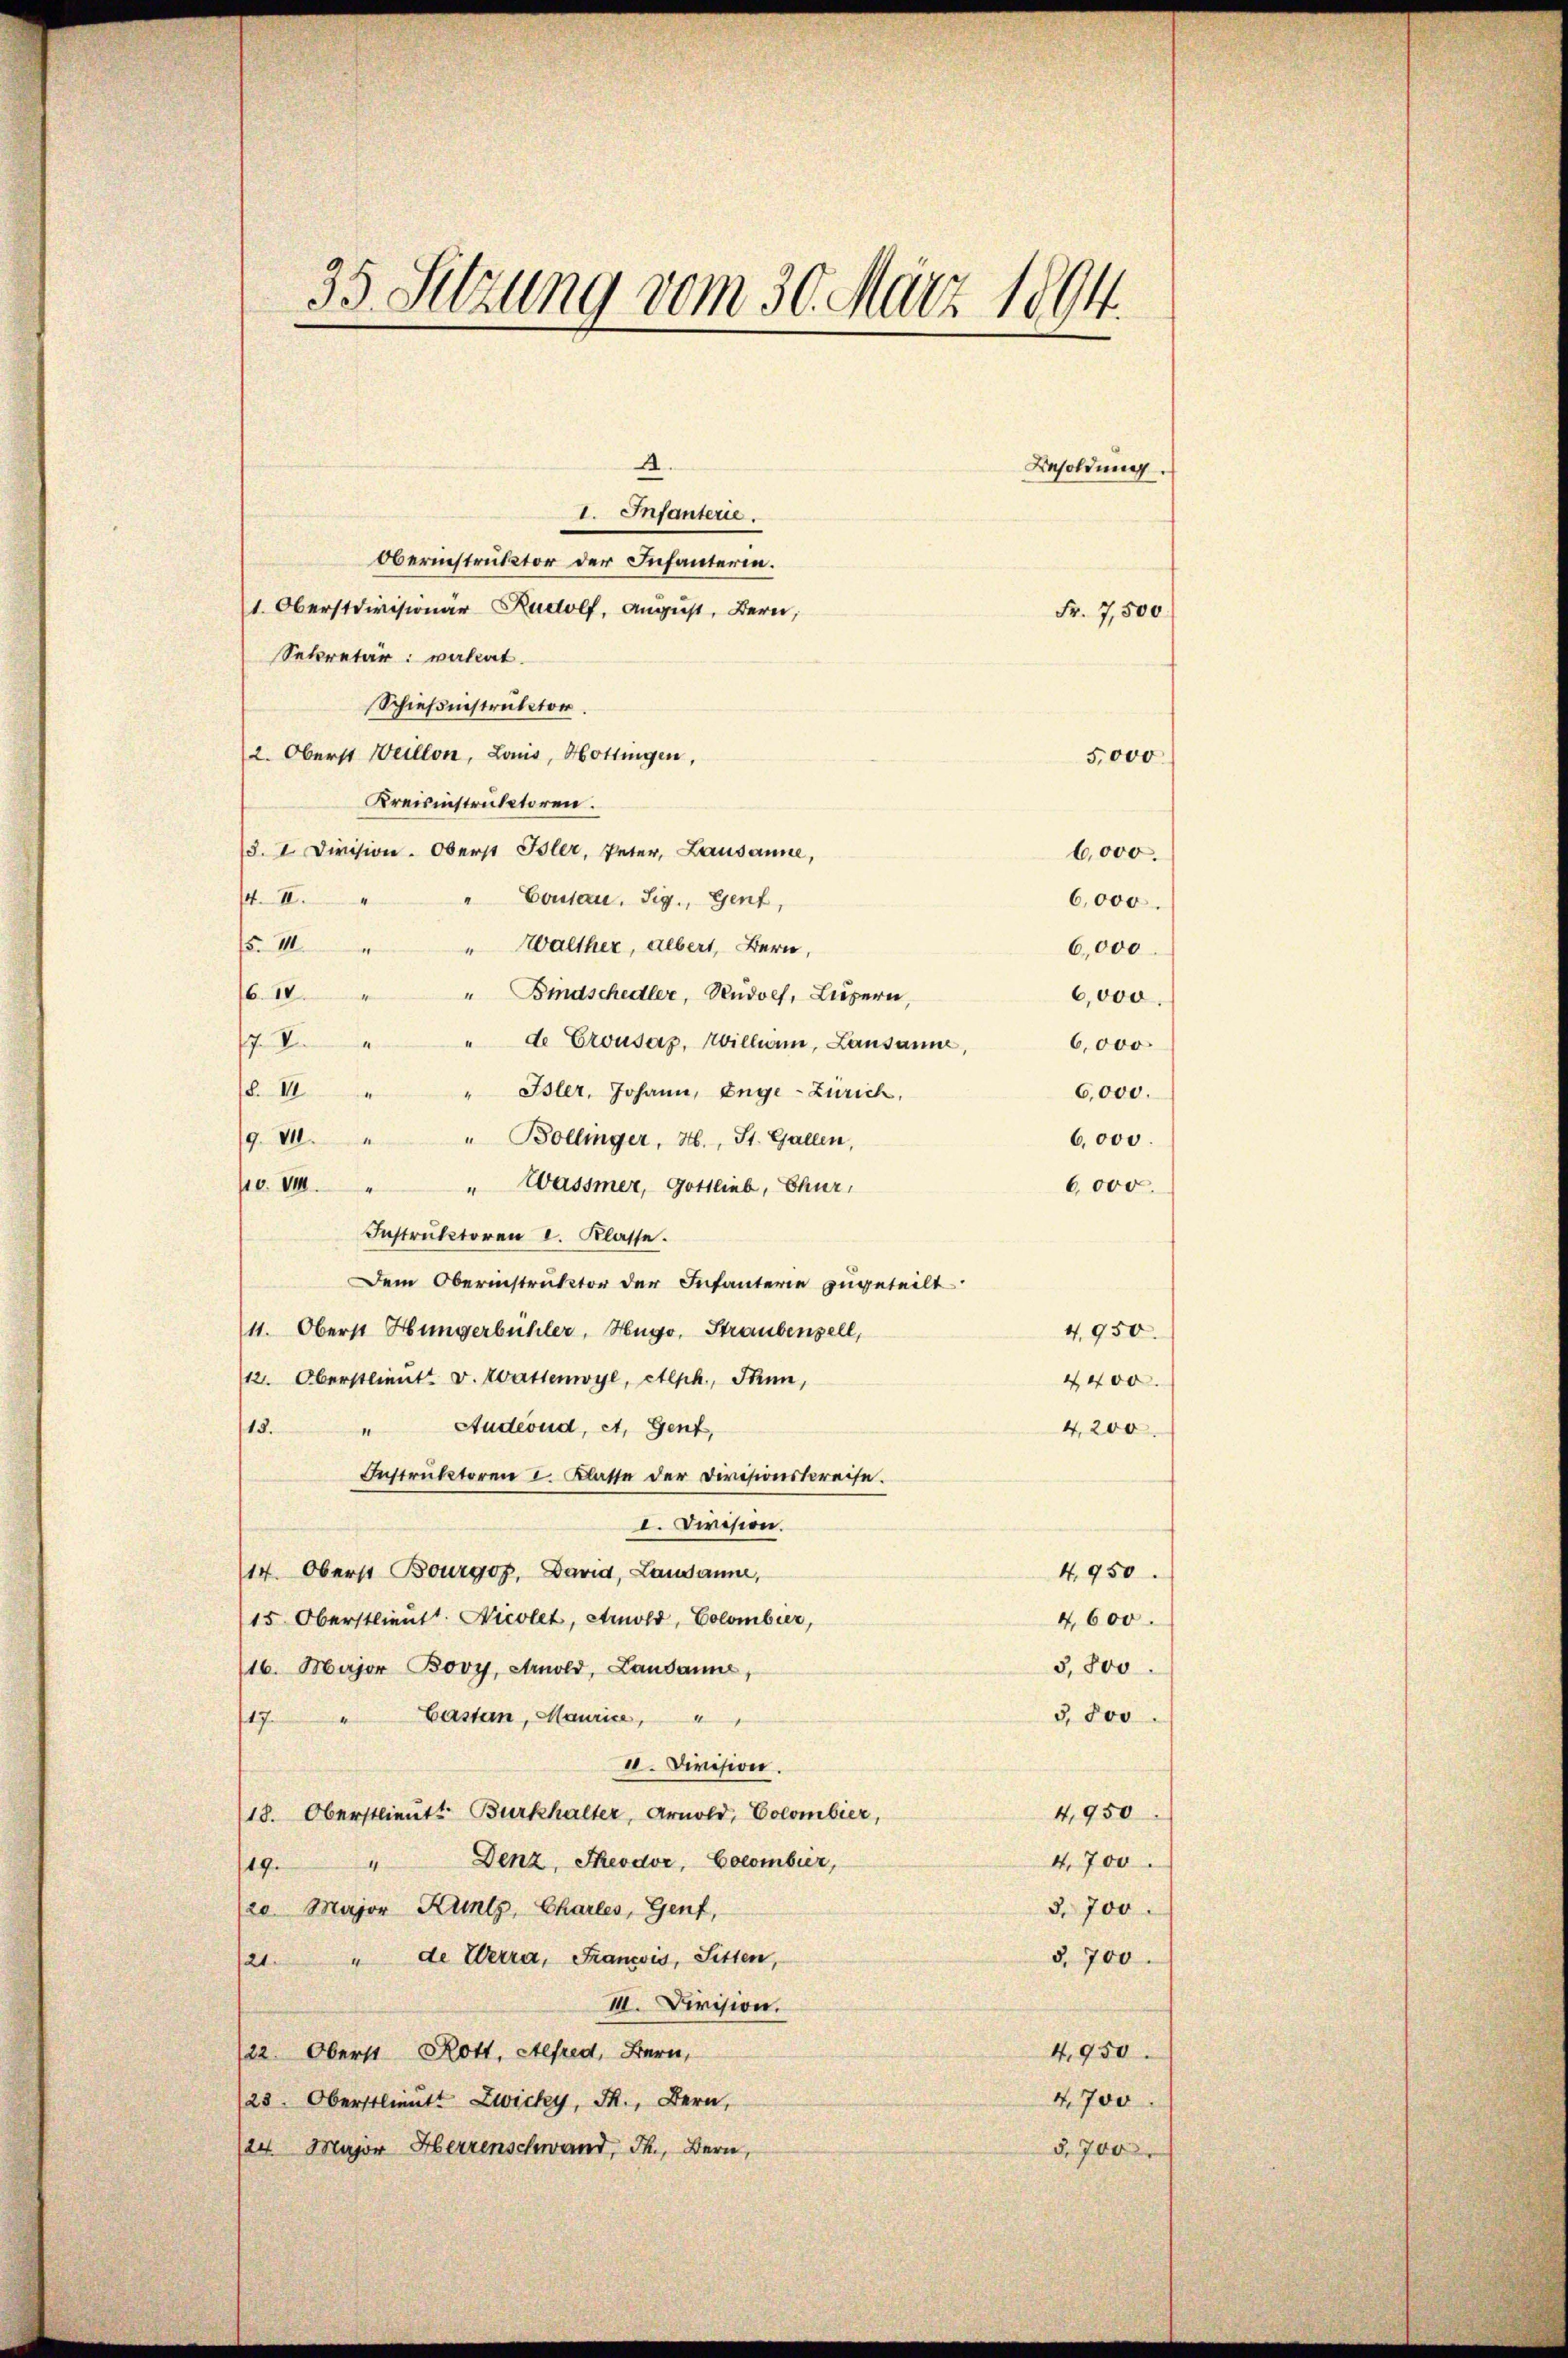
35. Setzung vom 30. März 1894.

A.
I. Infanterie.
Oberinstruktor der Infanterin.
1. Oberstdivisionar Rudolf, August, Bern,
Sekretär: valeat.
Schießnistruktor.
2. Oberst Weillon, Laus, Hottingen,
Kreisinstruktoren.
§. I. Division. Oberst Isler, Peter, Lausanne,
. II.
"Conau, Sig., Genf,
" Walther, Albert, Bern,
8. III.
610
" Bindschedler, Rudolf, Luzern,
6,000
" de Crousaz, Willen, Lausanne,
7. V
6,000
d. III
" Isler, Johann, Enge-Zürich,
6,000.
" Bollinger, H., St. Gallen,
g. VI.
6,000
10. 114.
"Wassmer, Gottlieb, Chur,
6,000.
Instruktoren I. Klasse.
Dem Oberinstruktor der Infanterie zugeteilt
11. Oberst Hungerbühler, Hugo, Straubensell,
4,950.
12. Oberstlieutt v. Wattenwyl, etlph, Thun,
4400
"Audeond, et, Gent,
13.
4,200
Instruktoren I. Klasse der Divisionskreise.
I. Division.
14. Oberst Bourgoz, David, Lausanne,
4,950.
15 Oberstlieut. Nicolet, Arnold, Colombier,
4,600.
3,800
(16. Major Bovy, Arnold, Landanne,
3,800
17. " Castan, Maurice,
II. Division.
4,950
18. Oberstlieutt Burkhalter, Arnold, Colombier,
4,700
19." Denz, Theodve, Cocombier,
3. 700
120. Major Kuntz, Charles, Genf,
§. 700.
21. " de Werra, Francois, Sitten,
III. Division.
/22. Oberst Rott, Alfred, Bern,
4,950
/23. Oberstlieutt Zwicky, M., Bern,
4700
24. Major Herrenschwand, Th., Bern,
§. 700

Besoldung.

5,000
6,000.
6,000

Fr. 7,500

6,000